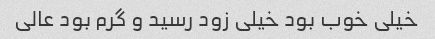
خیلی خوب بود خیلی زود رسید و گرم بود عالی